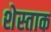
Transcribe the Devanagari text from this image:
शेस्ताक